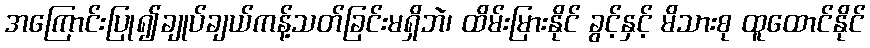
အကြောင်းပြု၍ချုပ်ချယ်ကန့်သတ်ခြင်းမရှိဘဲ၊ ထိမ်းမြားနိုင် ခွင့်နှင့် မိသားစု ထူထောင်နိုင်